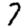
Digit: 7